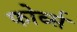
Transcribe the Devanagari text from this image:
फोर्ब्स